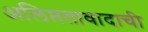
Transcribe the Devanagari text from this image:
अलिप्ततावादाची